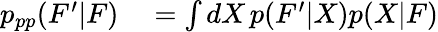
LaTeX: \begin{array}{rl}{p_{pp}(F^{\prime}|F)}&{{}=\int dX\, p(F^{\prime}|X)p(X|F)}\end{array}